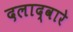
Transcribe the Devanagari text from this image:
दलाद्वारे